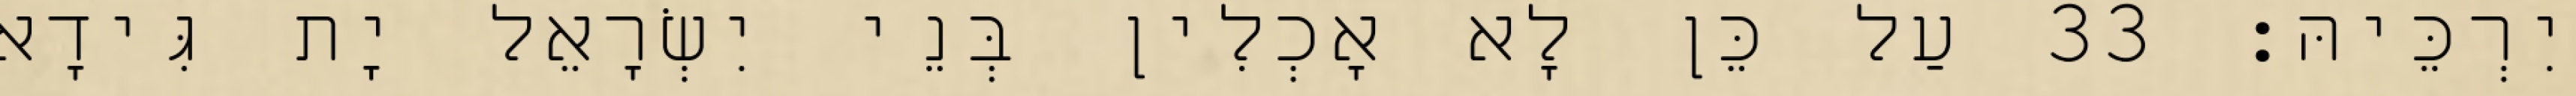
יִרְכֵּיהּ׃ 33 עַל כֵּן לָא אָכְלִין בְּנֵי יִשְׂרָאֵל יָת גִּידָא